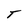
Character: T